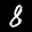
Label: 8